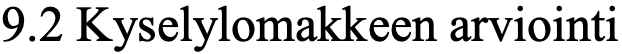
9.2 Kyselylomakkeen arviointi